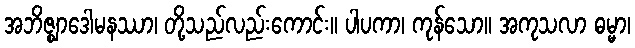
အဘိဇ္ဈာဒေါမနဿာ၊ တို့သည်လည်းကောင်း။ ပါပကာ၊ ကုန်သော။ အကုသလာ ဓမ္မာ၊